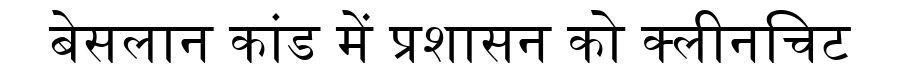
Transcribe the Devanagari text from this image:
बेसलान कांड में प्रशासन को क्लीनचिट